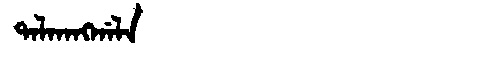
Manchu: ᡨᠠᠯᡴᠠᠩᡤᠠᠯᠠ
Romanization: TALKANGGALA